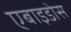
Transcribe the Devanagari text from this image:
एबाइडोस